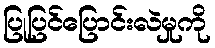
ပြုပြင်ပြောင်းလဲမှုကို